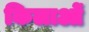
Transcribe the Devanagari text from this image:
किलाओं